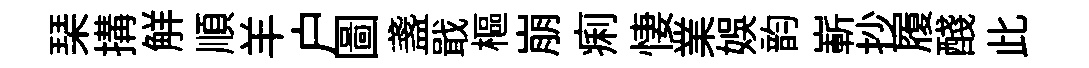
琹搆觧順羊户圖盞戢樞崩痢悽業娱韵嶄抄履醆此